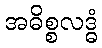
အဓိစ္စလဒ္ဓံ